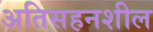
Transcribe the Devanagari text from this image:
अतिसहनशील